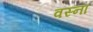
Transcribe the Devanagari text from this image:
वस्ना